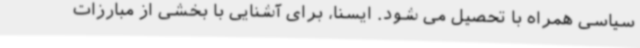
سیاسی همراه با تحصیل می شود. ایسنا، برای آشنایی با بخشی از مبارزات